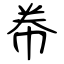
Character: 帣